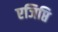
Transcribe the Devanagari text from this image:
एजिप्ति